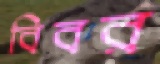
বিবর